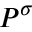
P ^ { \sigma }